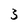
Character: 3